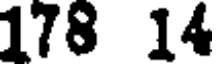
178 14